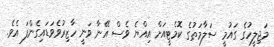
މަޖިލީހުގެ ގައުމީ ސަލާމަތުގެ ކޮމެޓީއަށް އިއްޔެ ވެސް އޭނާ ވަނީ ހާޒިރުވެވަޑައިގެންފަ އެވެ.